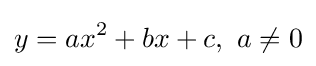
y=ax^{2}+bx+c,\ a\neq 0